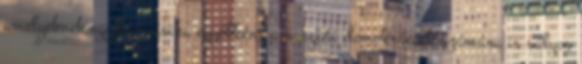
amelyeknek egyike-másika egyébként a nyugati demokráciák számára is súlyos